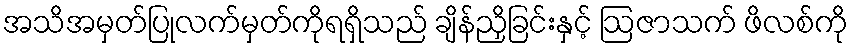
အသိအမှတ်ပြုလက်မှတ်ကိုရရှိသည် ချိန်ညှိခြင်းနှင့် ဩဇာသက် ဖိလစ်ကို